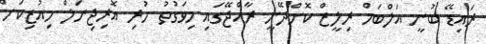
ރައިޑޭ ބުނީ އަލްބަމް ރިލީޒް ކޮށްދޭނީ ރާއްޖޭގައި މިވަގުތު ހުރި އޮރިޖިނަލް މިއުޒިކަށް